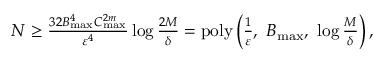
\begin{array} { r } { N \ge \frac { 3 2 B _ { \mathrm { m a x } } ^ { 4 } C _ { \mathrm { m a x } } ^ { 2 m } } { \varepsilon ^ { 4 } } \log \frac { 2 M } { \delta } = \mathrm { p o l y } \left( \frac { 1 } { \varepsilon } , \ B _ { \mathrm { m a x } } , \ \log \frac { M } { \delta } \right) , } \end{array}